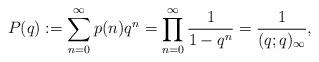
LaTeX: \begin{align*}P(q):=\sum_{n=0}^\infty p(n)q^n = \prod_{n=0}^\infty \frac{1}{1-q^n} = \frac{1}{(q;q)_\infty},\end{align*}